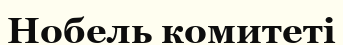
Нобель комитеті